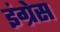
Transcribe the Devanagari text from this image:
इंग्रेस